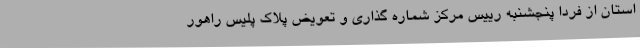
استان از فردا پنجشنبه رییس مرکز شماره گذاری و تعویض پلاک پلیس راهور